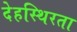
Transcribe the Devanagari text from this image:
देहस्थिरता